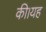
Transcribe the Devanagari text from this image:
की।यह